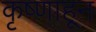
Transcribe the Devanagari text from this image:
कृष्णाहून